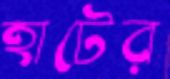
হাটের